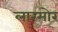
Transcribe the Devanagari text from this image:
लारमोर